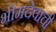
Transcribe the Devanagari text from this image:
भीमदेवाची